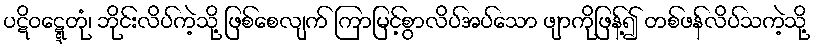
ပဋိဝဋ္ဋေတုံ၊ ဘိုင်းလိပ်ကဲ့သို့ ဖြစ်စေလျက် ကြာမြင့်စွာလိပ်အပ်သော ဖျာကိုဖြန့်၍ တစ်ဖန်လိပ်သကဲ့သို့